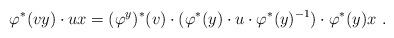
LaTeX: \begin{align*}\varphi^\ast(vy)\cdot ux= (\varphi^y)^\ast(v)\cdot (\varphi^\ast(y)\cdot u\cdot \varphi^\ast(y)^{-1})\cdot \varphi^\ast(y)x\ .\end{align*}